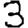
Digit: 3